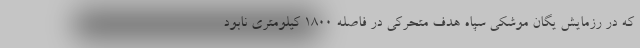
که در رزمایش یگان موشکی سپاه هدف متحرکی در فاصله ۱۸۰۰ کیلومتری نابود